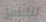
لنحتفل